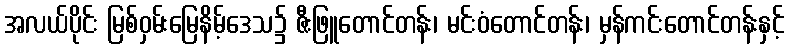
အလယ်ပိုင်း မြစ်ဝှမ်းမြေနိမ့်ဒေသ၌ ဇီးဖြူတောင်တန်း၊ မင်းဝံတောင်တန်း၊ မှန်ကင်းတောင်တန်းနှင့်